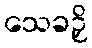
သေခဉှိ